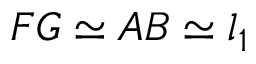
F G \simeq A B \simeq l _ { 1 }